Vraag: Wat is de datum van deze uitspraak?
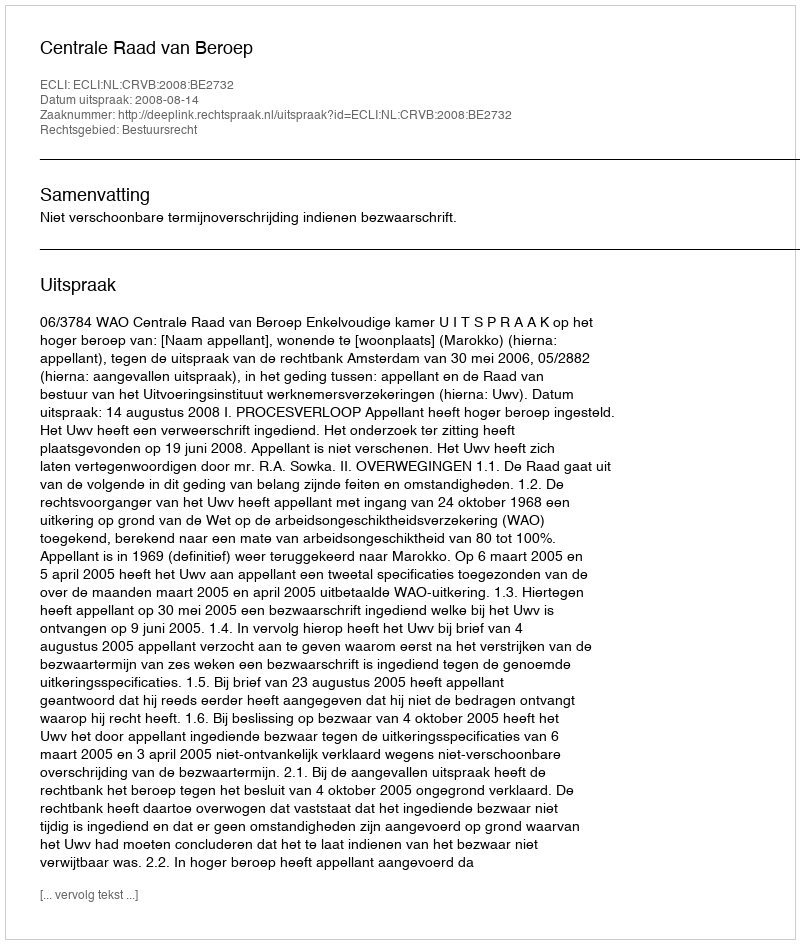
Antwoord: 2008-08-14